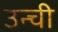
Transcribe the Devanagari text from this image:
उन्ची